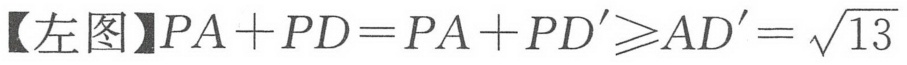
【左图】\(PA + PD=PA + PD'\geqslant AD'=\sqrt{13}\)